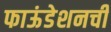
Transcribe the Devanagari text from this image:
फाऊंडेशनची